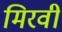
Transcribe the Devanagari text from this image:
मिरवी